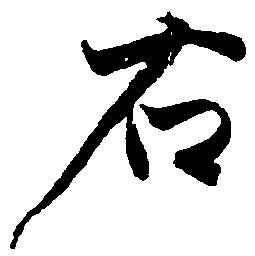
右